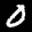
Label: 0